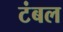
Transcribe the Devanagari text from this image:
टंबल